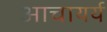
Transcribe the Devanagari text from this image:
आचायर्य